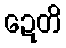
ဍေတိ